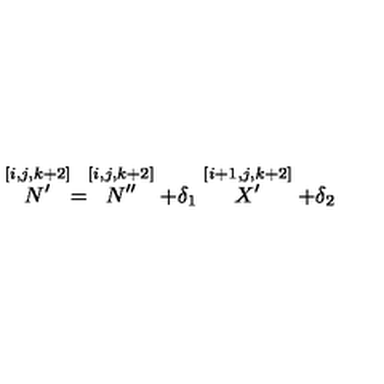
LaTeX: \stackrel { \lbrack i , j , k + 2 ] } { N ^ { \prime } } = \stackrel { [ i , j , k + 2 ] } { N ^ { \prime \prime } } + \delta _ { 1 } \stackrel { [ i + 1 , j , k + 2 ] } { X ^ { \prime } } + \delta _ { 2 }